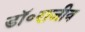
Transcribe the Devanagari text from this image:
डॉ॰राजीव